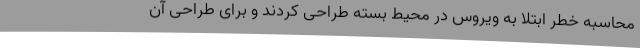
محاسبه خطر ابتلا به ویروس در محیط بسته طراحی کردند و برای طراحی آن